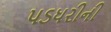
પડધરીની